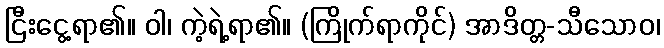
ငြီးငွေ့ရာ၏။ ဝါ၊ ကဲ့ရဲ့ရာ၏။ (ကြိုက်ရာကိုင်) အာဒိတ္တ-သီသောဝ၊